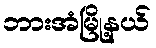
ဘားအံမြို့နယ်